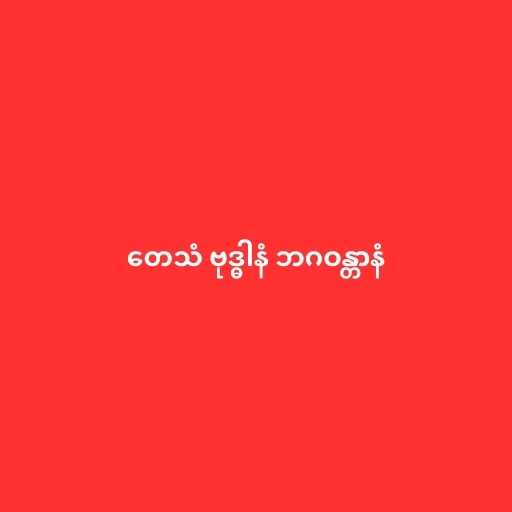
တေသံ ဗုဒ္ဓါနံ ဘဂဝန္တာနံ